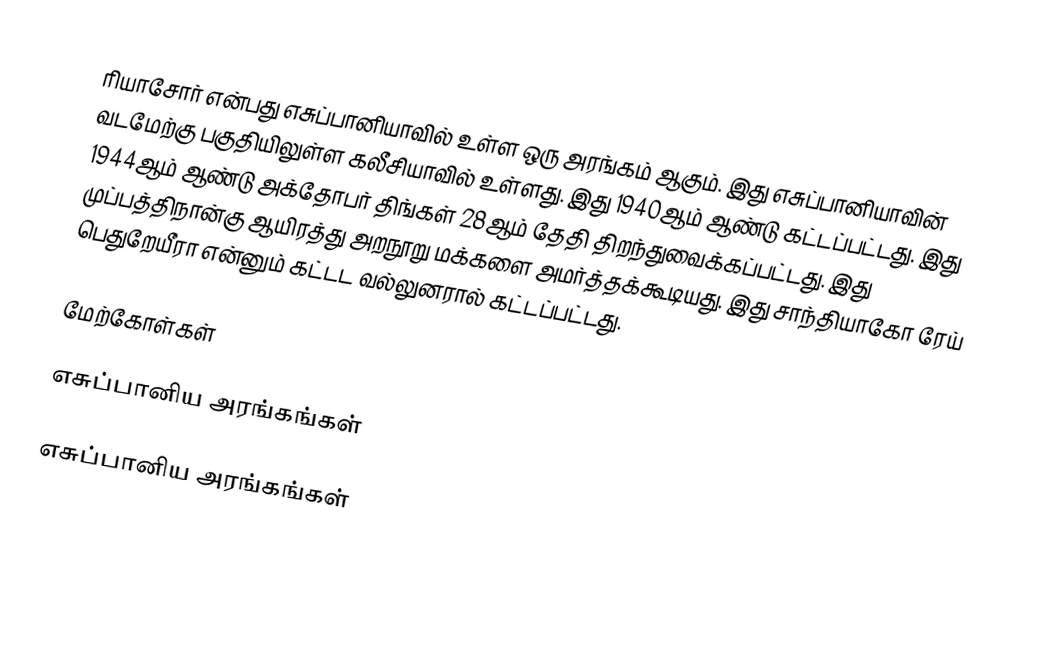
ரியாசோர் என்பது எசுப்பானியாவில் உள்ள ஒரு அரங்கம் ஆகும். இது எசுப்பானியாவின் வடமேற்கு பகுதியிலுள்ள கலீசியாவில் உள்ளது. இது 1940ஆம் ஆண்டு கட்டப்பட்டது. இது 1944ஆம் ஆண்டு அக்தோபர் திங்கள் 28ஆம் தேதி திறந்துவைக்கப்பட்டது. இது முப்பத்திநான்கு ஆயிரத்து அறநூறு மக்களை அமர்த்தக்கூடியது. இது சாந்தியாகோ ரேய் பெதுறேயீரா என்னும் கட்டட வல்லுனரால் கட்டப்பட்டது.

மேற்கோள்கள்

எசுப்பானிய அரங்கங்கள்

எசுப்பானிய அரங்கங்கள்